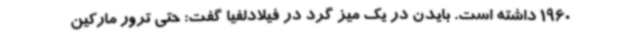
1960 داشته است. بایدن در یک میز گرد در فیلادلفیا گفت: حتی ترور مارکین